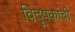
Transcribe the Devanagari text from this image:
विदूषकांची